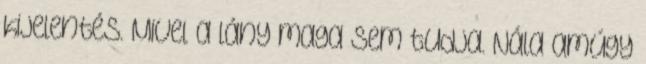
kijelentés. Mivel a lány maga sem tudja. Nála amúgy